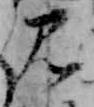
み